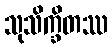
သုသိက္ခိတဿ